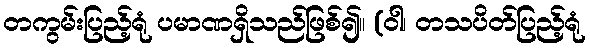
တကွမ်းပြည့်ရုံ ပမာဏရှိသည်ဖြစ်၍။ (ဝါ၊ တသပိတ်ပြည့်ရုံ